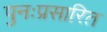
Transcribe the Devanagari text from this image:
पुनःप्रसारित